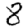
Digit: 8